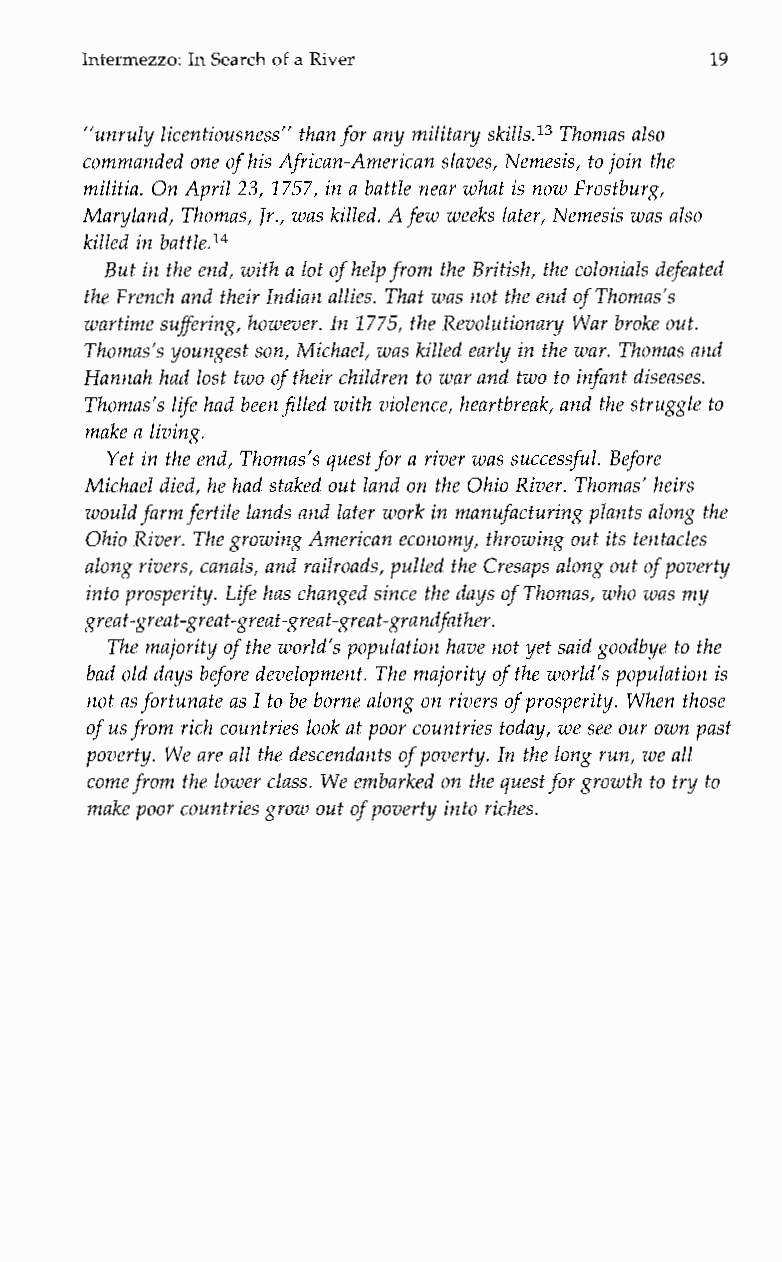
Intermezzo: In Search of a River         19
 “unruly licentiousness” than for anym ilitary skills.l3 Thomas also
 commanded one of his African-American slaves, Nemesis, to joint he
 militia. On April 23, 1757, in a battle near what is now Frostburg,
 Maryland, Thomas, Jr., was killed. A few weeks later, Nemesis was also
 killed in batt1e.l4
 But in the end, with a lot of help from the British, thceo lonials defeated
 the French and their Indian allies. That was not the end of Thomas’s
 wartime suffering, however. In 1775, the Revolutionary War broke out.
 Thomas’s youngest son, Michael, was killed early in the war. Thomas and
 Hannah had lost two of their children to war and two to infant diseases.
 Thomas‘s life had been filled with violence, heartbreak, and the struggle to
 make a living.
 Yet in the end, Thomas’sq uest for a river was successful. Before
 Michael died, he had staked out land on the Ohio River. Thomas’ heirs
 would farm fertile lands and later work in manufacturing plants along the
 Ohio River. The growing American economy, throwingo ut its tentacles
 along rivers, canals, and railroads,p ulled the Cresaps along out of poverty
 into prosperity. Life has changed since the days of Thomas, who was my
 great-great-great-great-great-great-grandfather.
 The majority of the world’s population have not yet said goodbye to the
 bad old days before development. The majority of the world’s population is
 not as fortunate asI to be borne along on rivers of prosperity. When those
 of us from rich countries look at poor countries today, we seeo ur own past
 poverty. We are all the descendants of poverty. In the long run, we all
 come from the lower class. We embarked on the quest for growth tot ry to
 make poor countries grow out of poverty into riches.